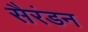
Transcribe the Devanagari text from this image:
सैरंडन